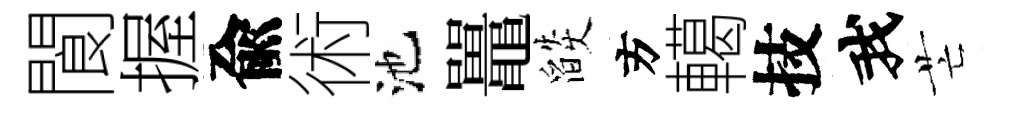
閬握兪術池鼉燄方轕技我芒